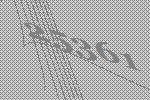
25361